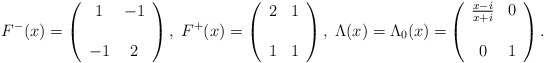
\begin{align*}F^{-}(x) =\left(\begin{array}{cc}1 & - 1 \\& \\- 1 & 2\end{array}\right),\; F^{+}(x) =\left(\begin{array}{cc}2 & 1 \\& \\ 1 & 1\end{array}\right),\; \Lambda(x) = {\Lambda_{0}(x) =}\left(\begin{array}{cc}\frac{x - i}{x + i} & 0 \\& \\0 & 1\end{array}\right).\end{align*}